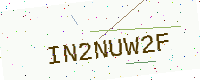
Text: IN2NUW2F